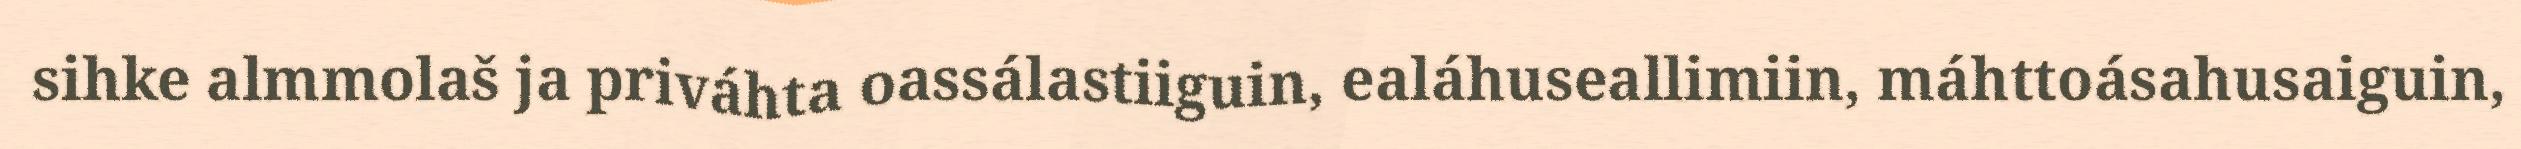
sihke almmolaš ja priváhta oassálastiiguin, ealáhuseallimiin, máhttoásahusaiguin,